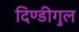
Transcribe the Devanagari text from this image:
दिण्डीगुल